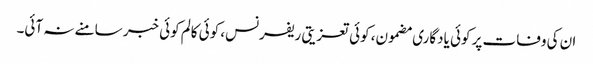
ان کی وفات پر کوئی یادگاری مضمون، کوئی تعزیتی ریفرنس، کوئی کالم کوئی خبر سامنے نہ آئی۔